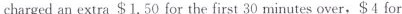
chargedan extra $1.50 for the first 30 minutes over, $4 for